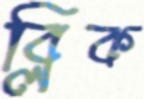
ব্লিক